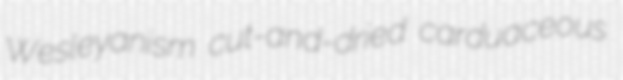
Wesleyanism cut-and-dried carduaceous